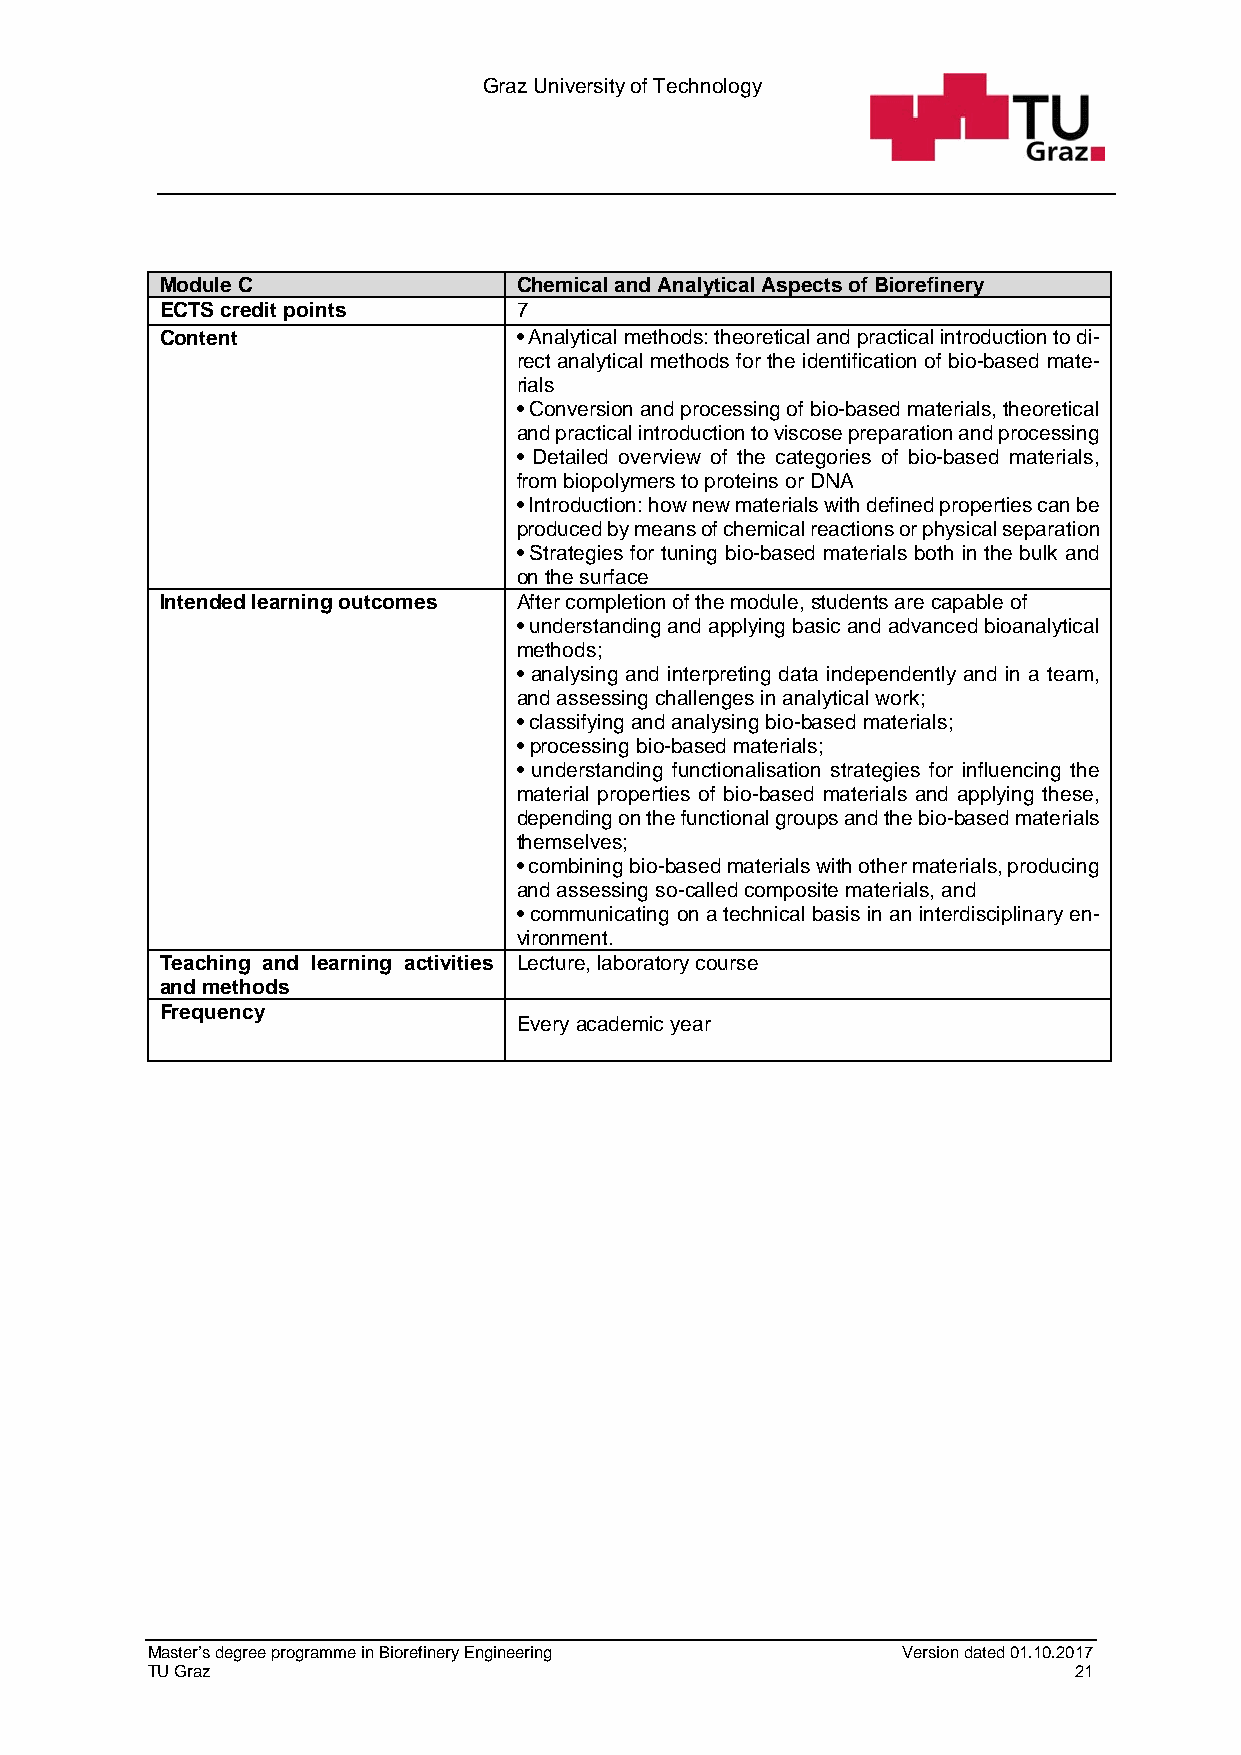
Graz University of Technology
 Module C               Chemical and Analytical Aspects of Biorefinery
 ECTS credit points     7
 Content                • Analytical methods: theoretical and practical introduction to di-
 rect analytical methods for the identification of bio-based mate-
 rials
 • Conversion and processing of bio-based materials, theoretical
 and practical introduction to viscose preparation and processing
 • Detailed overview of the categories of bio-based materials,
 from biopolymers to proteins or DNA
 • Introduction: how new materials with defined properties can be
 produced by means of chemical reactions or physical separation
 • Strategies for tuning bio-based materials both in the bulk and
 on the surface
 Intended learning outcomes After completion of the module, students are capable of
 • understanding and applying basic and advanced bioanalytical
 methods;
 • analysing and interpreting data independently and in a team,
 and assessing challenges in analytical work;
 • classifying and analysing bio-based materials;
 • processing bio-based materials;
 • understanding functionalisation strategies for influencing the
 material properties of bio-based materials and applying these,
 depending on the functional groups and the bio-based materials
 themselves;
 • combining bio-based materials with other materials, producing
 and assessing so-called composite materials, and
 • communicating on a technical basis in an interdisciplinary en-
 vironment.
 Teaching and learning activities Lecture, laboratory course
 and methods
 Frequency
 Every academic year
 Master’s degree programme in Biorefinery Engineering Version dated 01.10.2017
 TU Graz                                                      21